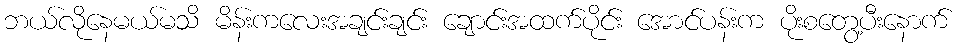
ဘယ်လိုနေမယ်မသိ မိန်းကလေးအချင်းချင်း ချောင်းအထက်ပိုင်း အောင်ပန်းက ပိုးစတွေ့ပီးနောက်